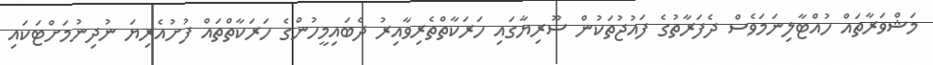
މަޝްވަރާތައް ހުއްޓާލިނަމަވެސް ދެފަރާތުގެ ފައުޖުތަކުން ސޫރިޔާގައި ހަރަކާތްތެރިވާއިރު ދެބައިމީހުންގެ ހަރަކާތްތައް ފުށުއެރިޔަ ނުދިނުމަށްޓަކައި